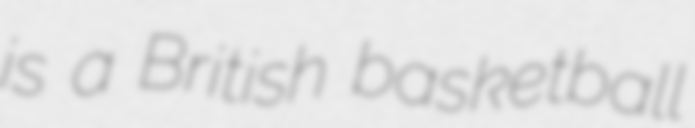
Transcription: is a British basketball